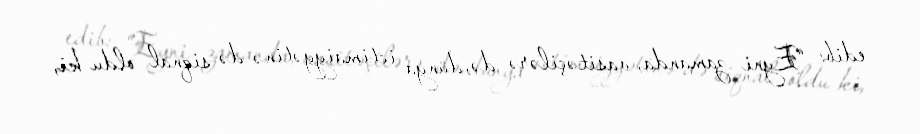
edib: “Eyni zamanda, vasitəçilərə də, dünya ictimaiyyətinə də siqnal oldu ki,